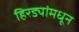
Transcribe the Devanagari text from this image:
हिरड्यांमधून